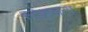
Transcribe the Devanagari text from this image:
स्टेशनाना